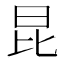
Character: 昆